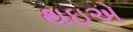
થઇએ